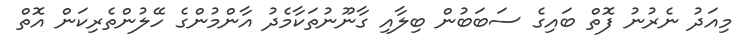
މިއަދު ނެރުނު ފޮތް ބައިގެ ސަބަބުން ބިލާއި ގާނޫނުތަކާމެދު އާންމުންގެ ހޭލުންތެރިކަން އޮތް